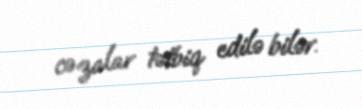
cəzalar tətbiq edilə bilər.